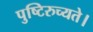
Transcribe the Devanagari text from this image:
पुष्टिरुच्यते।